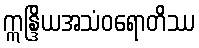
ဣန္ဒြိယအသံဝရောတိဿ